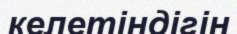
келетіндігін